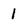
Character: 1